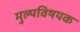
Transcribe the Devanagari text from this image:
मुल्यविषयक